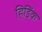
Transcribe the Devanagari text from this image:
हिडिंक